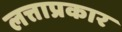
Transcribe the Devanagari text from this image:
लत्ताप्रकार